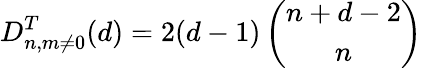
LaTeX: D_{n,m\neq 0}^{T}(d)=2(d-1)\left(\begin{array}{c}{{n+d-2}}\\ {{n}}\end{array}\right)